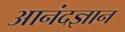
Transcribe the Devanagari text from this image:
आनंदज्ञान